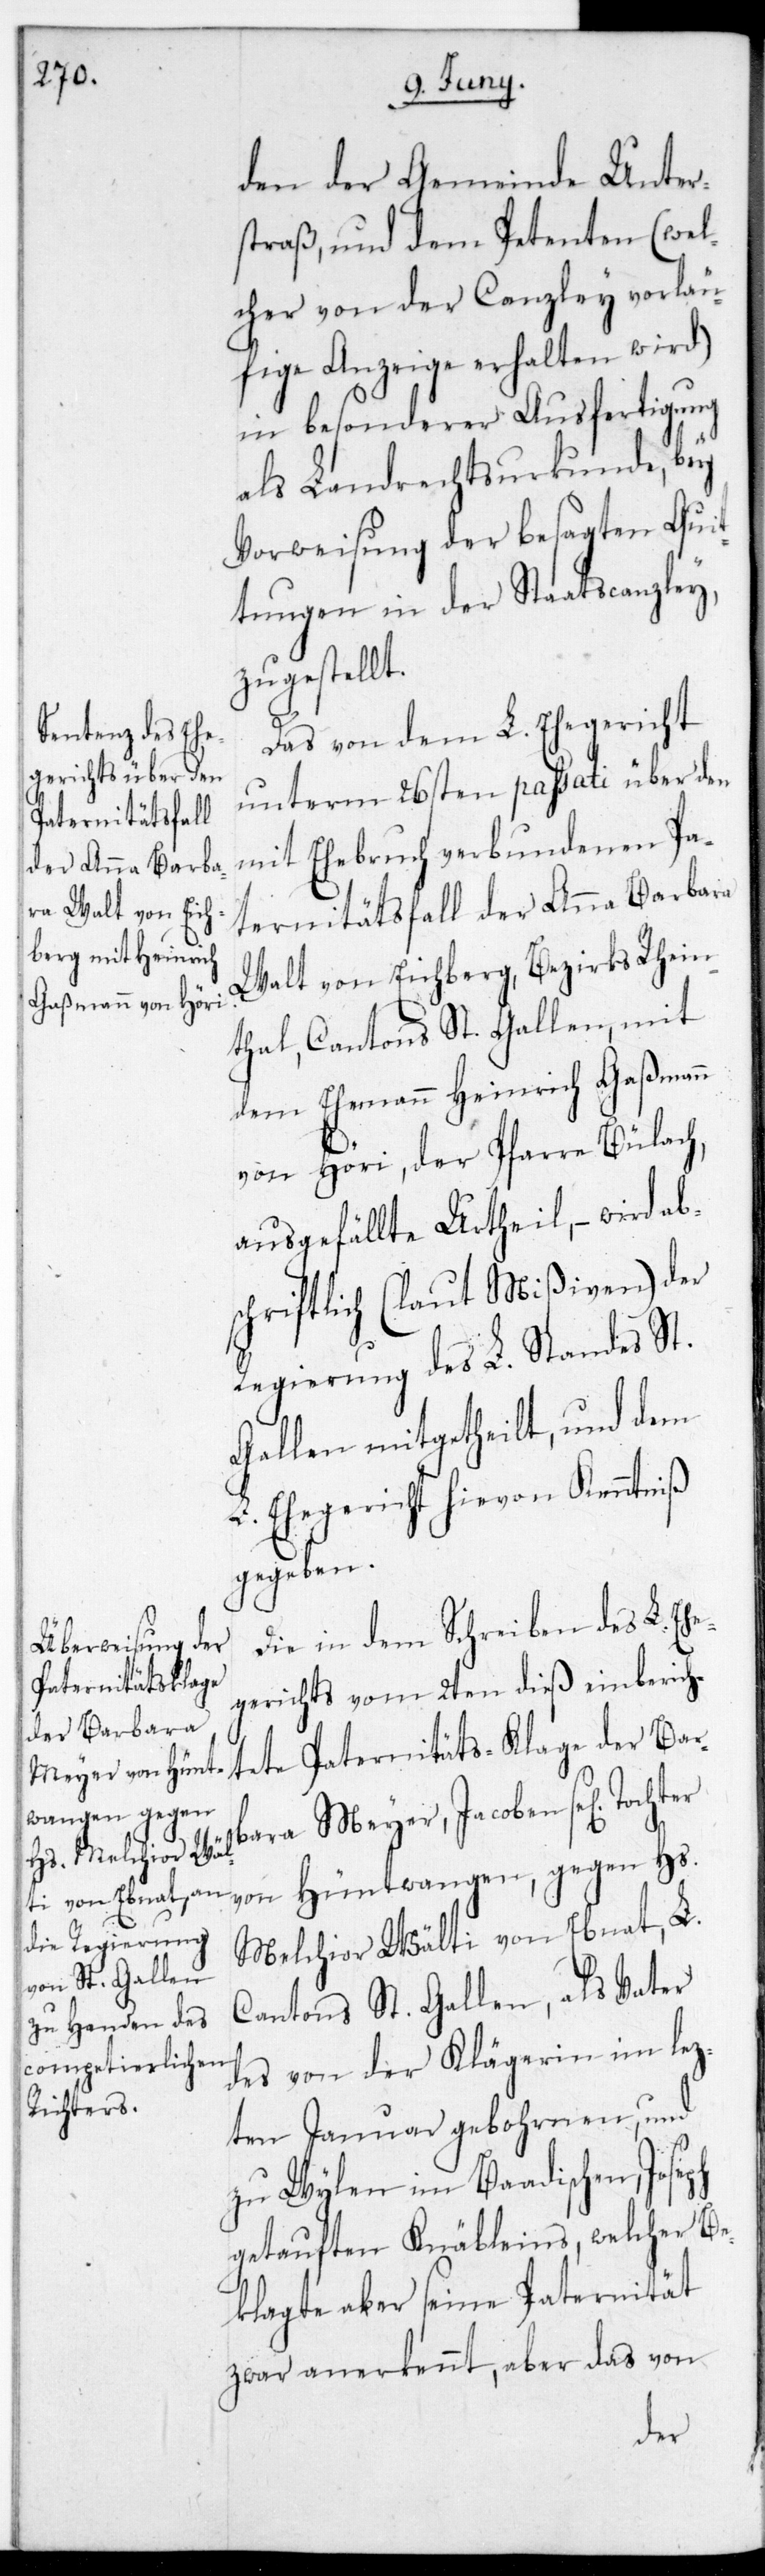
den der Gemeinde Unter¬
straß und dem Petenten (wel¬
cher von der Canzley vorläu¬
fige Anzeige erhalten wird)
in besonderer Ausfertigung
als Landrechtsurkunde, bey
Vorweisung der besagten Quit¬
tungen in der Staatscanzley,
zugestellt.
Das von dem L. Ehegericht
unterm 26sten passati über den
mit Ehebruch verbundenen Pa¬
ternitätsfall der Anna Barbara
Walt von Eichberg, Bezirks Rhein¬
tal, Cantons St. Gallen mit
dem Ehemann Heinrich Gaßmann
von Höri, der Pfarre Bülach,
ausgefällte Urtheil, – wird ab¬
schriftlich (laut Mißiven) der
Regierung des L. Standes St.
Gallen mitgetheilt, und dem
L. Ehegericht hievon Kenntniß
gegeben.
Die in dem Schreiben des L. Eh¬
egerichts vom 2ten dieß einberich¬
tete Paternitätsklage der Barb¬
ara Meyer, Jacoben sel. Tochter
von Hüntwangen, gegen Hs.
Melchior Wälti von Ebnat, L.
Cantons St. Gallen, als Vater
des von der Klägerin im letz¬
ten Januar gebohrnen, und
zu Wylen im Baadischen, Joseph
getauften Knäbleins, welcher Be¬
klagte aber seine Paternität
zwar anerkennt, aber das von